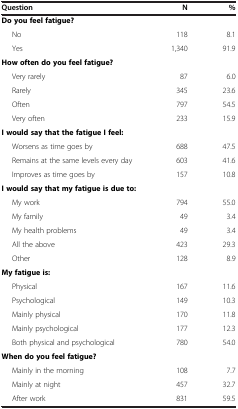
| Question | N | % |
 | --- | --- | --- |
 | Do you feel fatigue? |  |  |
 | No | 118 | 8.1 |
 | Yes | 1,340 | 91.9 |
 | How often do you feel fatigue? |  |  |
 | Very rarely | 87 | 6.0 |
 | Rarely | 345 | 23.6 |
 | Often | 797 | 54.5 |
 | Very often | 233 | 15.9 |
 | I would say that the fatigue I feel: |  |  |
 | Worsens as time goes by | 688 | 47.5 |
 | Remains at the same levels every day | 603 | 41.6 |
 | Improves as time goes by | 157 | 10.8 |
 | I would say that my fatigue is due to: |  |  |
 | My work | 794 | 55.0 |
 | My family | 49 | 3.4 |
 | My health problems | 49 | 3.4 |
 | All the above | 423 | 29.3 |
 | Other | 128 | 8.9 |
 | My fatigue is: |  |  |
 | Physical | 167 | 11.6 |
 | Psychological | 149 | 10.3 |
 | Mainly physical | 170 | 11.8 |
 | Mainly psychological | 177 | 12.3 |
 | Both physical and psychological | 780 | 54.0 |
 | When do you feel fatigue? |  |  |
 | Mainly in the morning | 108 | 7.7 |
 | Mainly at night | 457 | 32.7 |
 | After work | 831 | 59.5 |